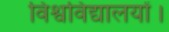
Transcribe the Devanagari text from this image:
विश्वविद्यालयों।